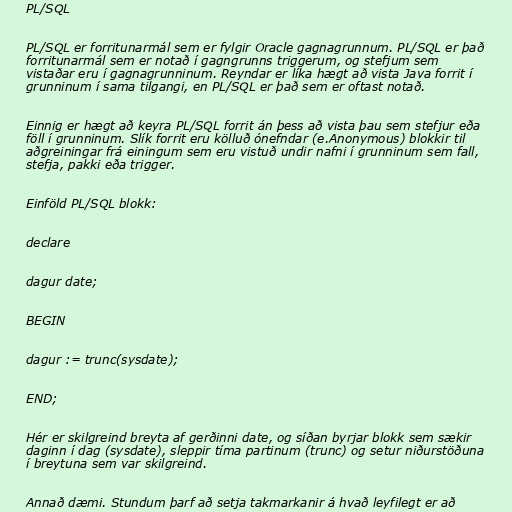
PL/SQL

PL/SQL er forritunarmál sem er fylgir Oracle gagnagrunnum. PL/SQL er það
forritunarmál sem er notað í gagngrunns triggerum, og stefjum sem
vistaðar eru í gagnagrunninum. Reyndar er líka hægt að vista Java forrit í
grunninum í sama tilgangi, en PL/SQL er það sem er oftast notað.

Einnig er hægt að keyra PL/SQL forrit án þess að vista þau sem stefjur eða
föll í grunninum. Slík forrit eru kölluð ónefndar (e.Anonymous) blokkir til
aðgreiningar frá einingum sem eru vistuð undir nafni í grunninum sem fall,
stefja, pakki eða trigger.

Einföld PL/SQL blokk:

declare

dagur date;

BEGIN

dagur := trunc(sysdate);

END;

Hér er skilgreind breyta af gerðinni date, og síðan byrjar blokk sem sækir
daginn í dag (sysdate), sleppir tíma partinum (trunc) og setur niðurstöðuna
í breytuna sem var skilgreind.

Annað dæmi. Stundum þarf að setja takmarkanir á hvað leyfilegt er að